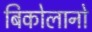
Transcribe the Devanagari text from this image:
बिकोलानो